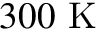
3 0 0 ~ \mathrm { K }